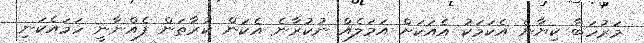
މަރުހަބާ ކިޔާނެ އެކަމަކު އެއަކަށް އަމަލެއް ނުކުރާނެ އެކަން ކުރާތަން ފެއްނާނީ ހަމައެކަނި